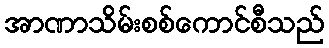
အာဏာသိမ်းစစ်ကောင်စီသည်